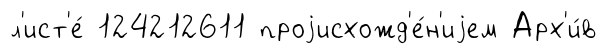
л'ист'е́ 124212611 проjисхожд'е́н'иjем Арх'и́в